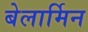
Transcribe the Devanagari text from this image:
बेलार्मिन